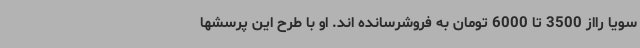
سویا رااز 3500 تا 6000 تومان به فروشرسانده اند. او با طرح این پرسشها